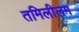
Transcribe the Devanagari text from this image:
तमिलीलम